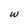
Character: w